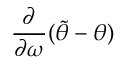
\frac { \partial } { \partial \omega } ( \widetilde { \theta } - \theta )